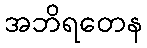
အဘိရတေန